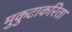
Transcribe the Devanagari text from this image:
मुकुटाकरिता